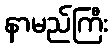
နာမည်ကြီး